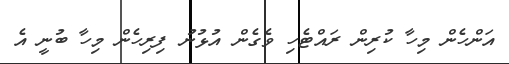
އަންހެން މިހާ ކުރިން ރައްޓެހި ވެގެން އުޅުނު ފިރިހެން މިހާ ބުނީ އެ